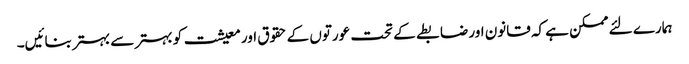
ہمارے لئے ممکن ہے کہ قانون اور ضابطے کے تحت عورتوں کے حقوق اور معیشت کو بہتر سے بہتر بنائیں۔